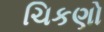
ચિકણો